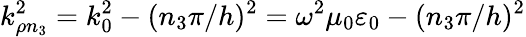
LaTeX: k_{\rho n_{3}}^{2}=k_{0}^{2}-(n_{3}\pi/h)^{2}=\omega^{2}\mu_{0}\varepsilon_{0}-(n_{3}\pi/h)^{2}